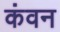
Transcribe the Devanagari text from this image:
कंवन